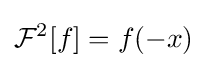
{\mathcal {F}}^{2}[f]=f(-x)